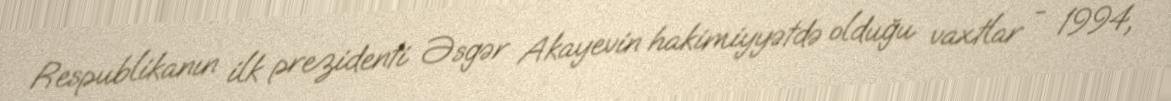
Respublikanın ilk prezidenti Əsgər Akayevin hakimiyyətdə olduğu vaxtlar - 1994,